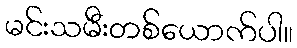
မင်းသမီးတစ်ယောက်ပါ။